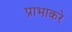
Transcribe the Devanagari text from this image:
प्राभाकरे